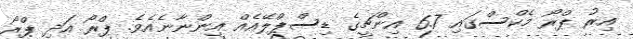
އިރު ޕްރޯ މެކްސްގައި 6.7 އިންޗީގެ ޑިސްޕްލޭއެއް އިންނާނެއެވެ. ޕްރޯ އަދި ޕްރޯ